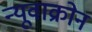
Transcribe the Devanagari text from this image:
न्यूवाक्रोन